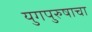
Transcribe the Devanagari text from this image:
युगपुरुषाचा